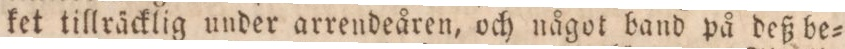
ket tillräcklig under arrendeåren, och något band på deß be=